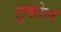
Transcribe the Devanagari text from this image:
टुकोल